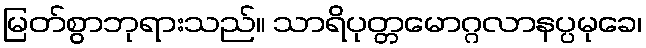
မြတ်စွာဘုရားသည်။ သာရိပုတ္တမောဂ္ဂလာနပ္ပမုခေ၊